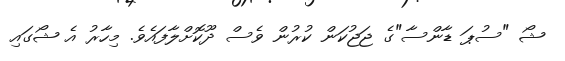
ޝޯ "ސުޕަ ޑާންސާ"ގެ ޖަޖުކަން ކުރުން ވެސް ދޫކޮށްލާފައެވެ. މިހާރު އެ ޝޯގައި